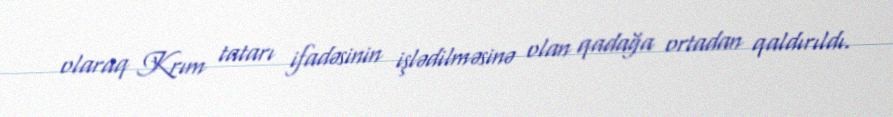
olaraq Krım tatarı ifadəsinin işlədilməsinə olan qadağa ortadan qaldırıldı.